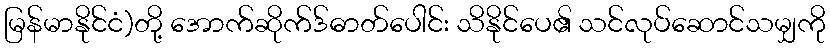
မြန်မာနိုင်ငံ)တို့ အောက်ဆိုက်ဒ်ဓာတ်ပေါင်း သိနိုင်ပေ၏ သင်လုပ်ဆောင်သမျှကို